Problem: 6 × 3 = ?
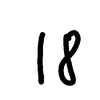
Handwritten answer: 18